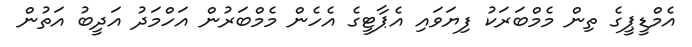
އެމްޑީޕީގެ ތިން މެމްބަރަކު ފިޔަވައި އެޕާޓީގެ އެހެން މެމްބަރުން އަހްމަދު އަދީބު އަތުން